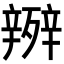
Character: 𭮧